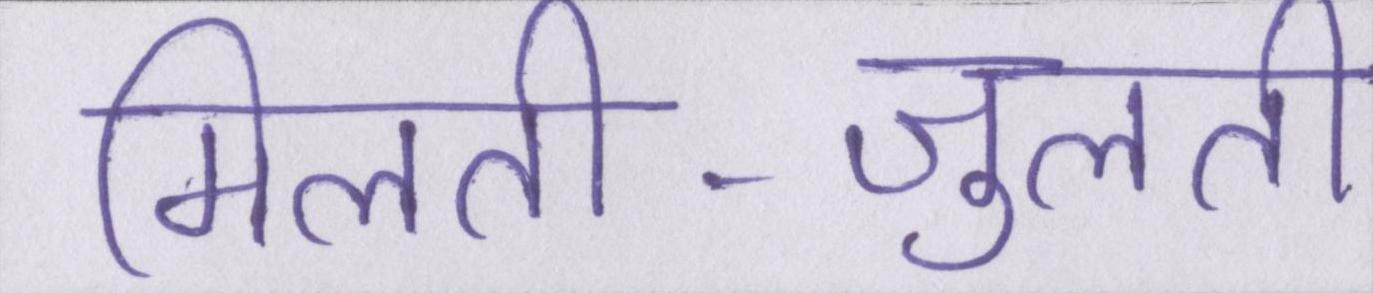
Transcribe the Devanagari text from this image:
मिलती-जुलती